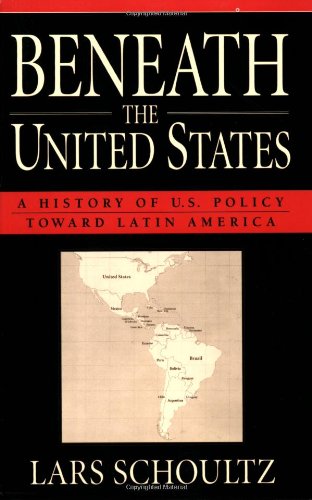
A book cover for Beneath the United States: A History of U.S. Policy toward Latin America; Lars Schoultz; History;